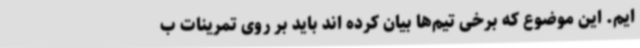
ایم. این موضوع که برخی تیم‌ها بیان کرده اند باید بر روی تمرینات ب